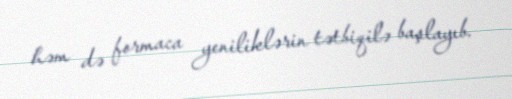
həm də formaca yeniliklərin tətbiqilə başlayıb.